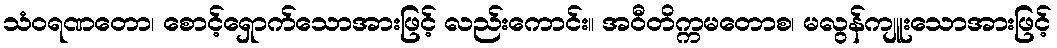
သံဝရဏတော၊ စောင့်ရှောက်သောအားဖြင့် လည်းကောင်း။ အဝီတိက္ကမတောစ၊ မလွန်ကျူးသောအားဖြင့်